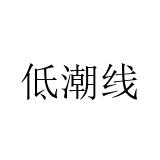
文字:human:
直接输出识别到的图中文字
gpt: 低潮线